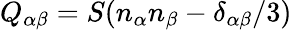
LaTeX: Q_{\alpha\beta}=S(n_{\alpha}n_{\beta}-\delta_{\alpha\beta}/3)